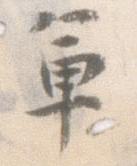
軍